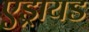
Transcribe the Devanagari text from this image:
एड्रायड